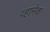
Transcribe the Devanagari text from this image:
व्हानेक